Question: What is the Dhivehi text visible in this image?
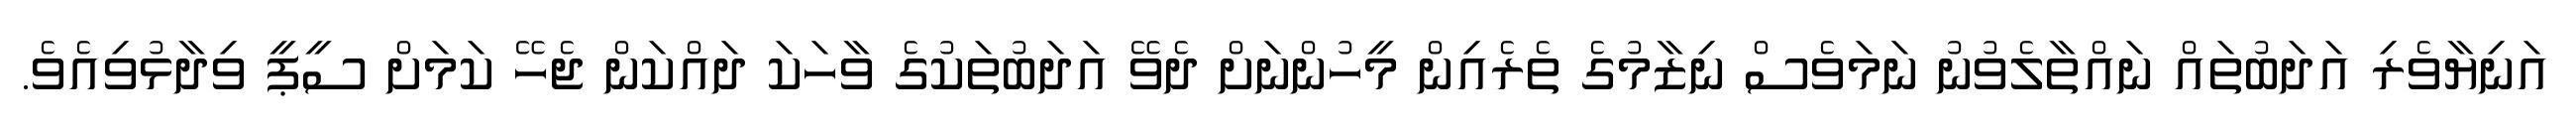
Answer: އަނިޔާވެރި އަދަބުތައް ނައްތާލެވުނު ނަމަވެސް ނިޒާމުގެ ތެރެއިން މީހުންނަށް ދެވޭ އަދަބުތަކުގެ ވާހަކަ ދައްކަން ޖެހޭ ކަމަށް ސީޕީ ވިދާޅުވިއެވެ.